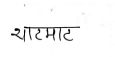
मजकूर: थाटमाट